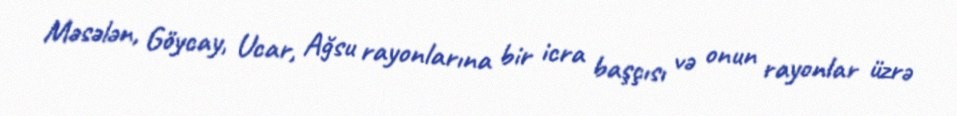
Məsələn, Göycay, Ucar, Ağsu rayonlarına bir icra başçısı və onun rayonlar üzrə